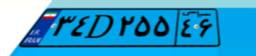
۸۶D۸۹۷۶۷